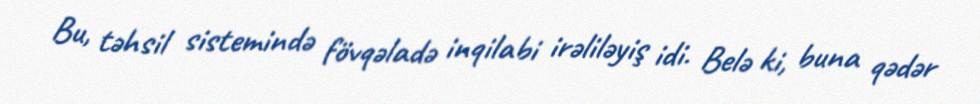
Bu, təhsil sistemində fövqəladə inqilabi irəliləyiş idi. Belə ki, buna qədər